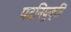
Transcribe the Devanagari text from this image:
पदनियुक्ति